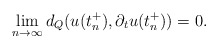
\begin{align*}\lim_{n\to \infty}d_Q(u(t_n^+),\partial_tu(t_n^+))=0. \end{align*}